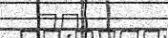
٧٥